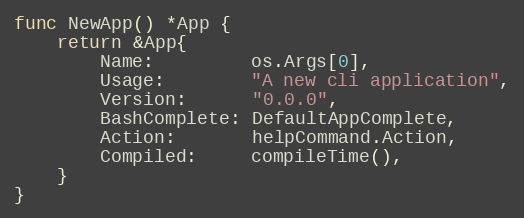
Language: Go
func NewApp() *App {
	return &App{
		Name:         os.Args[0],
		Usage:        "A new cli application",
		Version:      "0.0.0",
		BashComplete: DefaultAppComplete,
		Action:       helpCommand.Action,
		Compiled:     compileTime(),
	}
}